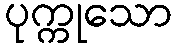
ပုက္ကုသော